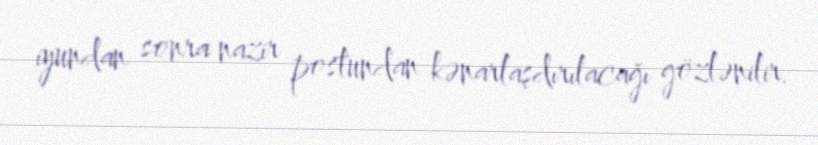
iyundan sonra nazir postundan kənarlaşdırılacağı gözlənilir.